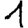
Digit: 1